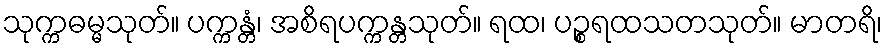
သုက္ကဓမ္မသုတ်။ ပက္ကန္တံ၊ အစိရပက္ကန္တသုတ်။ ရထ၊ ပဉ္စရထသတသုတ်။ မာတရိ၊